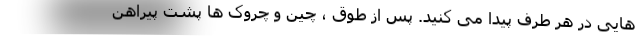
هایی در هر طرف پیدا می کنید. پس از طوق ، چین و چروک ها پشت پیراهن